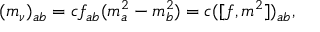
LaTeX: ( m _ { \nu } ) _ { a b } = c f _ { a b } ( m _ { a } ^ { 2 } - m _ { b } ^ { 2 } ) = c ( [ f , m ^ { 2 } ] ) _ { a b } ,